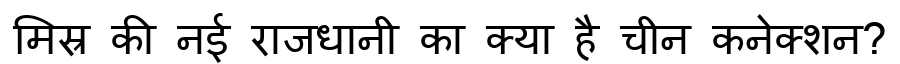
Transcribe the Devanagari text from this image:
मिस्र की नई राजधानी का क्या है चीन कनेक्शन?